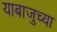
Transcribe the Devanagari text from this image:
याबाजुच्या